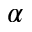
\alpha